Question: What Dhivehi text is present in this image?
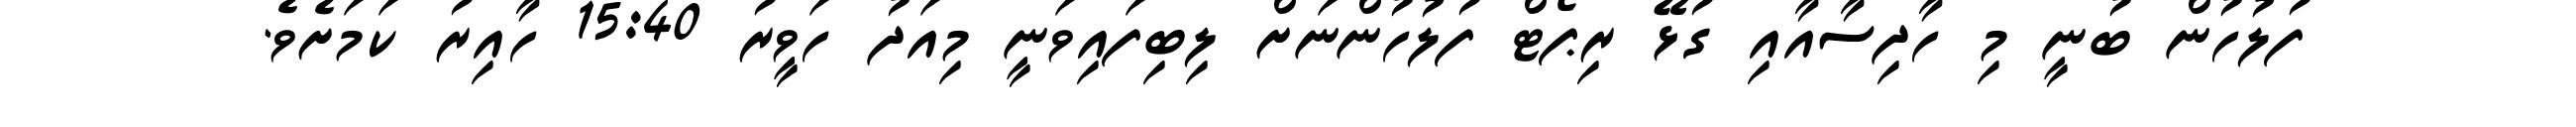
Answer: ފުލުހުން ބުނީ މި ހާދިސާއާއި ގުޅޭ ރިޕޯޓް ފުލުހުންނަށް ލިބިފައިވަނީ މިއަދު ހަވީރު 15:40 ހާއިރު ކަމަށެވެ.